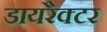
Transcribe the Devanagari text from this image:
डायरैक्टर